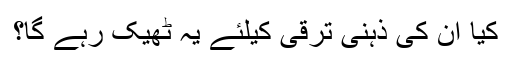
کیا ان کی ذہنی ترقی کیلئے یہ ٹھیک رہے گا؟